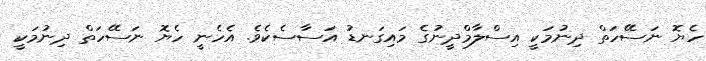
ހެޔޮ ނަސޭހަތް ދިނުމަކީ އިސްލާމްދީނުގެ މައިގަނޑު އަސާސެކެވެ. އެހެނީ ހެޔޮ ނަސޭހަތް ދިނުމަކީ